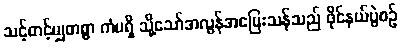
သင့်တင့်မျှတစွာ ကံမရှိ သို့သော်အလွန်အပြေးသန်သည် ဖိုင်နယ်ပွဲစဉ်